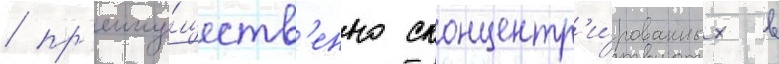
/ пр'еиму́ществ'енно сконцентр'и́рованных в